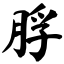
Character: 脬